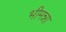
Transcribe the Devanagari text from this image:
भीमन्ना